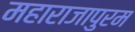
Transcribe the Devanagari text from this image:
महाराजापुरम